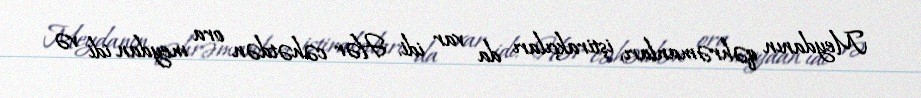
Meydanın qəhrəmanları, iştirakçıları da var idi. Hər cəhətdən ora meydan idi və